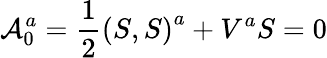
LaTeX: {\cal A}_{0}^{a}=\frac 12\left(S,S\right)^{a}+V^{a}S=0